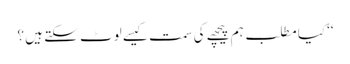
‘‘کیا مطلب ہم پیچھے کی سمت کیسے لوٹ سکتے ہیں ؟